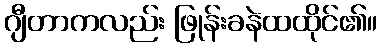
ဂျီတာကလည်း ဖြုန်းခနဲထထိုင်၏။